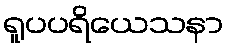
ရူပပရိယေသနာ